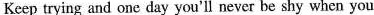
Keep trying and one day you'll never be shy when you